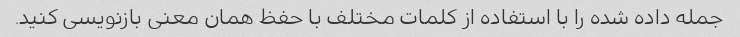
جمله داده شده را با استفاده از کلمات مختلف با حفظ همان معنی بازنویسی کنید.